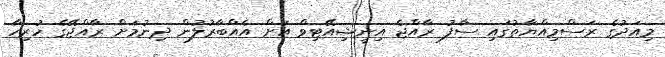
މިއަދުގެ ރަސްމިއްޔާތުގައި ސާފު ރާއްޖެ އިނީޝިއޭޓިވް އަށް އެއްބާރުލުން ދިނުމަށް ރާއްޖޭގެ ހުރިހާ